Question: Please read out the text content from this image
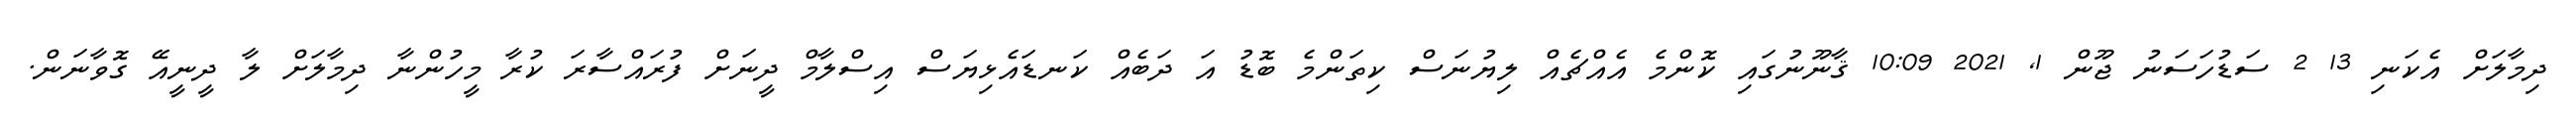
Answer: ދިމާލަށް އެކަނި 13 2 ސަޑުހަސަނު ޖޫން 1, 2021 10:09 ޤާނޫނުގައި ކޮންމެ އެއްޗެއް ލިޔުނަސް ކިތަންމެ ބޮޑު އަ ދަބެއް ކަނޑައެޅިޔަސް އިސްލާމް ދީނަށް ފުރައްސާރަ ކުރާ މީހުންނާ ދިމާލަށް ލާ ދީނީއޭ ގޮވާނަން.